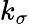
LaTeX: k_{\sigma}